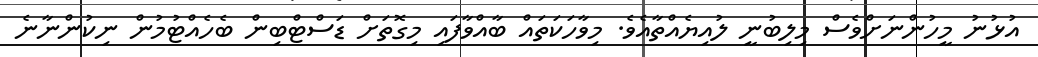
އުޅުނު މީހުންނަށްވެސް މިލިބުނީ ލުއިޔެއްތާއެވެ. މިވާހަކަތައް ބާއްވާފައި މިގޮތަށް ޑަސްޓްބިން ބެހެއްޓުމުން ނިކުންނާނެ